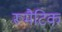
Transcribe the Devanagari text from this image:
रूमैटिक